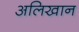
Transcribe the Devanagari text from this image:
अलिखान